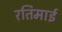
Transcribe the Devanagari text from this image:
रतिमाई